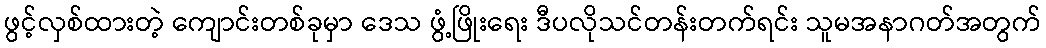
ဖွင့်လှစ်ထားတဲ့ ကျောင်းတစ်ခုမှာ ဒေသ ဖွံ့ဖြိုးရေး ဒီပလိုသင်တန်းတက်ရင်း သူမအနာဂတ်အတွက်